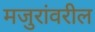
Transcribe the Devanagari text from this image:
मजुरांवरील